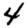
Digit: 4